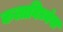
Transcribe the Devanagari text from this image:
कलाविध्वंस